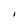
Character: 1